Vaccination in the Punjab 1905-1918 - 1905-1918
Year: 1905
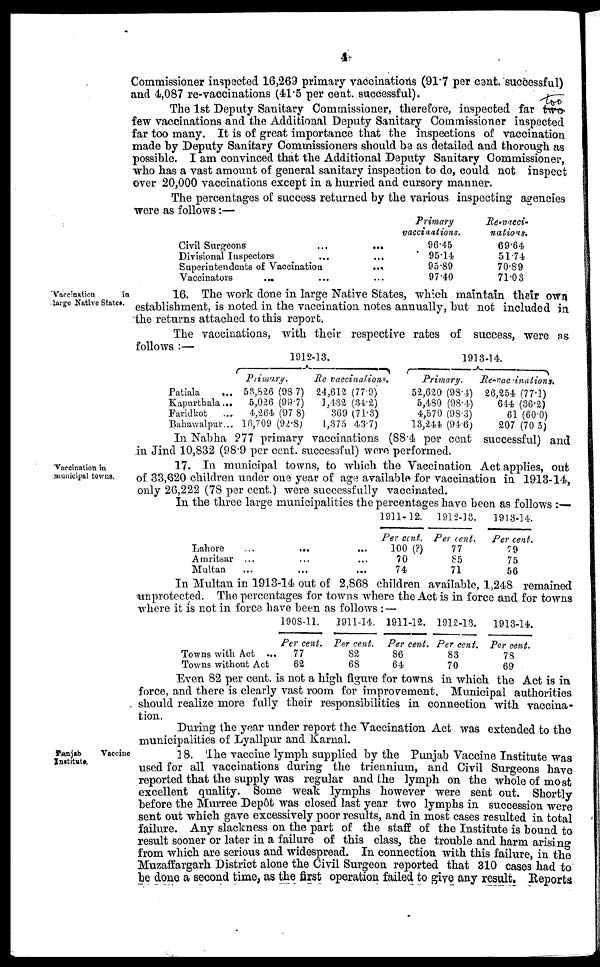
4
Commissioner inspected 16,269 primary vaccinations (91.7 per cent. successful)
and 4,087 re-vaccinations (41.5 per cent. successful).
The 1st Deputy Sanitary Commissioner, therefore, inspected far two-
few vaccinations and the Additional Deputy Sanitary Commissioner inspected
far too many. It is of great importance that the inspections of vaccination
made by Deputy Sanitary Commissioners should be as detailed and thorough as
possible. I am convinced that the Additional Deputy Sanitary Commissioner,
who has a vast amount of general sanitary inspection to do, could not inspect
over 20,000 vaccinations except in a hurried and cursory manner.
The percentages of success returned by the various inspecting agencies
were as follows:—
Civil Surgeons
...
...
Divisional Inspectors ... ...
Superintendents of Vaccination
...
Vaccinators ... ... ...
Primary
vaccinations.
96.45
95.14
95.89
97.40
Re-vacci-
nations.
69.64
51.74
70.89
71.03
Vaccination
in
large Native States.
16. The work done in large Native States, which maintain their own
establishment, is noted in the vaccination notes annually, but not included in
the returns attached to this report.
The vaccinations, with their respective rates of success, were as
follows :—
Patiala
...
Kapurthala ...
Faridkot ...
Bahawalpur ...
1912-13.
Primary.
53,826 (98.7)
5,026 (99.7)
4,264 (97.8)
16,709 (92.8)
Re-vaccinations.
24,612 (77.9)
1,432 (34.2)
369 (71.3)
1,375 (43.7)
1913-14.
Primary.
52,620 (98.4)
5,480 (98.4)
4,570 (98.3)
13,244 (94.6)
Re-vaccinations.
26,254 (77.1)
644 (36.2)
61 (60.0)
207 (70.5)
In Nabha 277 primary vaccinations (88.4 per cent successful) and
in Jind 10,832 (98.9 per cent. successful) were performed.
Vaccination in
municipal towns.
17. In municipal towns, to which the Vaccination Act applies, out
of 33,620 children under one year of age available for vaccination in 1913-14,
only 26,222 (78 per cent.) were successfully vaccinated.
In the three large municipalities the percentages have been as follows :—
Lahore
...
...
...
Amritsar ... ... ...
Multan ... ... ...
1911-12.
Per cent.
100 (?)
70
74
1912-13.
Per cent.
77
85
71
1913-14.
Per cent.
79
75
56
In Multan in 1913-14 out of 2,868 children available, 1,248 remained
unprotected. The percentages for towns where the Act is in force and for towns
where it is not in force have been as follows : —
Towns with Act ...
Towns without Act
1908-11.
Per cent.
77
62
1911-14.
Per cent.
82
68
1911-12.
Per cent.
86
64
1912-13.
Per cent.
83
70
1913-14.
Per cent.
78
69
Even 82 per cent. is not a high figure for towns in which the Act is in
force, and there is clearly vast room for improvement. Municipal authorities
should realize more fully their responsibilities in connection with vaccina-
tion.
During the year under report the Vaccination Act was extended to the
municipalities of Lyallpur and Karnal.
Punjab
Vaccine
Institute.
18. The vaccine lymph supplied by the Punjab Vaccine Institute was
used for all vaccinations during the triennium, and Civil Surgeons have
reported that the supply was regular and the lymph on the whole of most
excellent quality. Some weak lymphs however were sent out. Shortly
before the Murree Depôt was closed last year two lymphs in succession were
sent out which gave excessively poor results, and in most cases resulted in total
failure. Any slackness on the part of the staff of the Institute is bound to
result sooner or later in a failure of this class, the trouble and harm arising
from which are serious and widespread. In connection with this failure, in the
Muzaffargarh District alone the Civil Surgeon reported that 310 cases had to
be done a second time, as the first operation failed to give any result. Reports